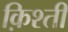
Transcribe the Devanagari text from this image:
क़िश्ती